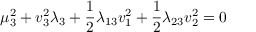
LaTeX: \mu _ { 3 } ^ { 2 } + v _ { 3 } ^ { 2 } \lambda _ { 3 } + \frac { 1 } { 2 } \lambda _ { 1 3 } v _ { 1 } ^ { 2 } + \frac { 1 } { 2 } \lambda _ { 2 3 } v _ { 2 } ^ { 2 } = 0 \nonumber